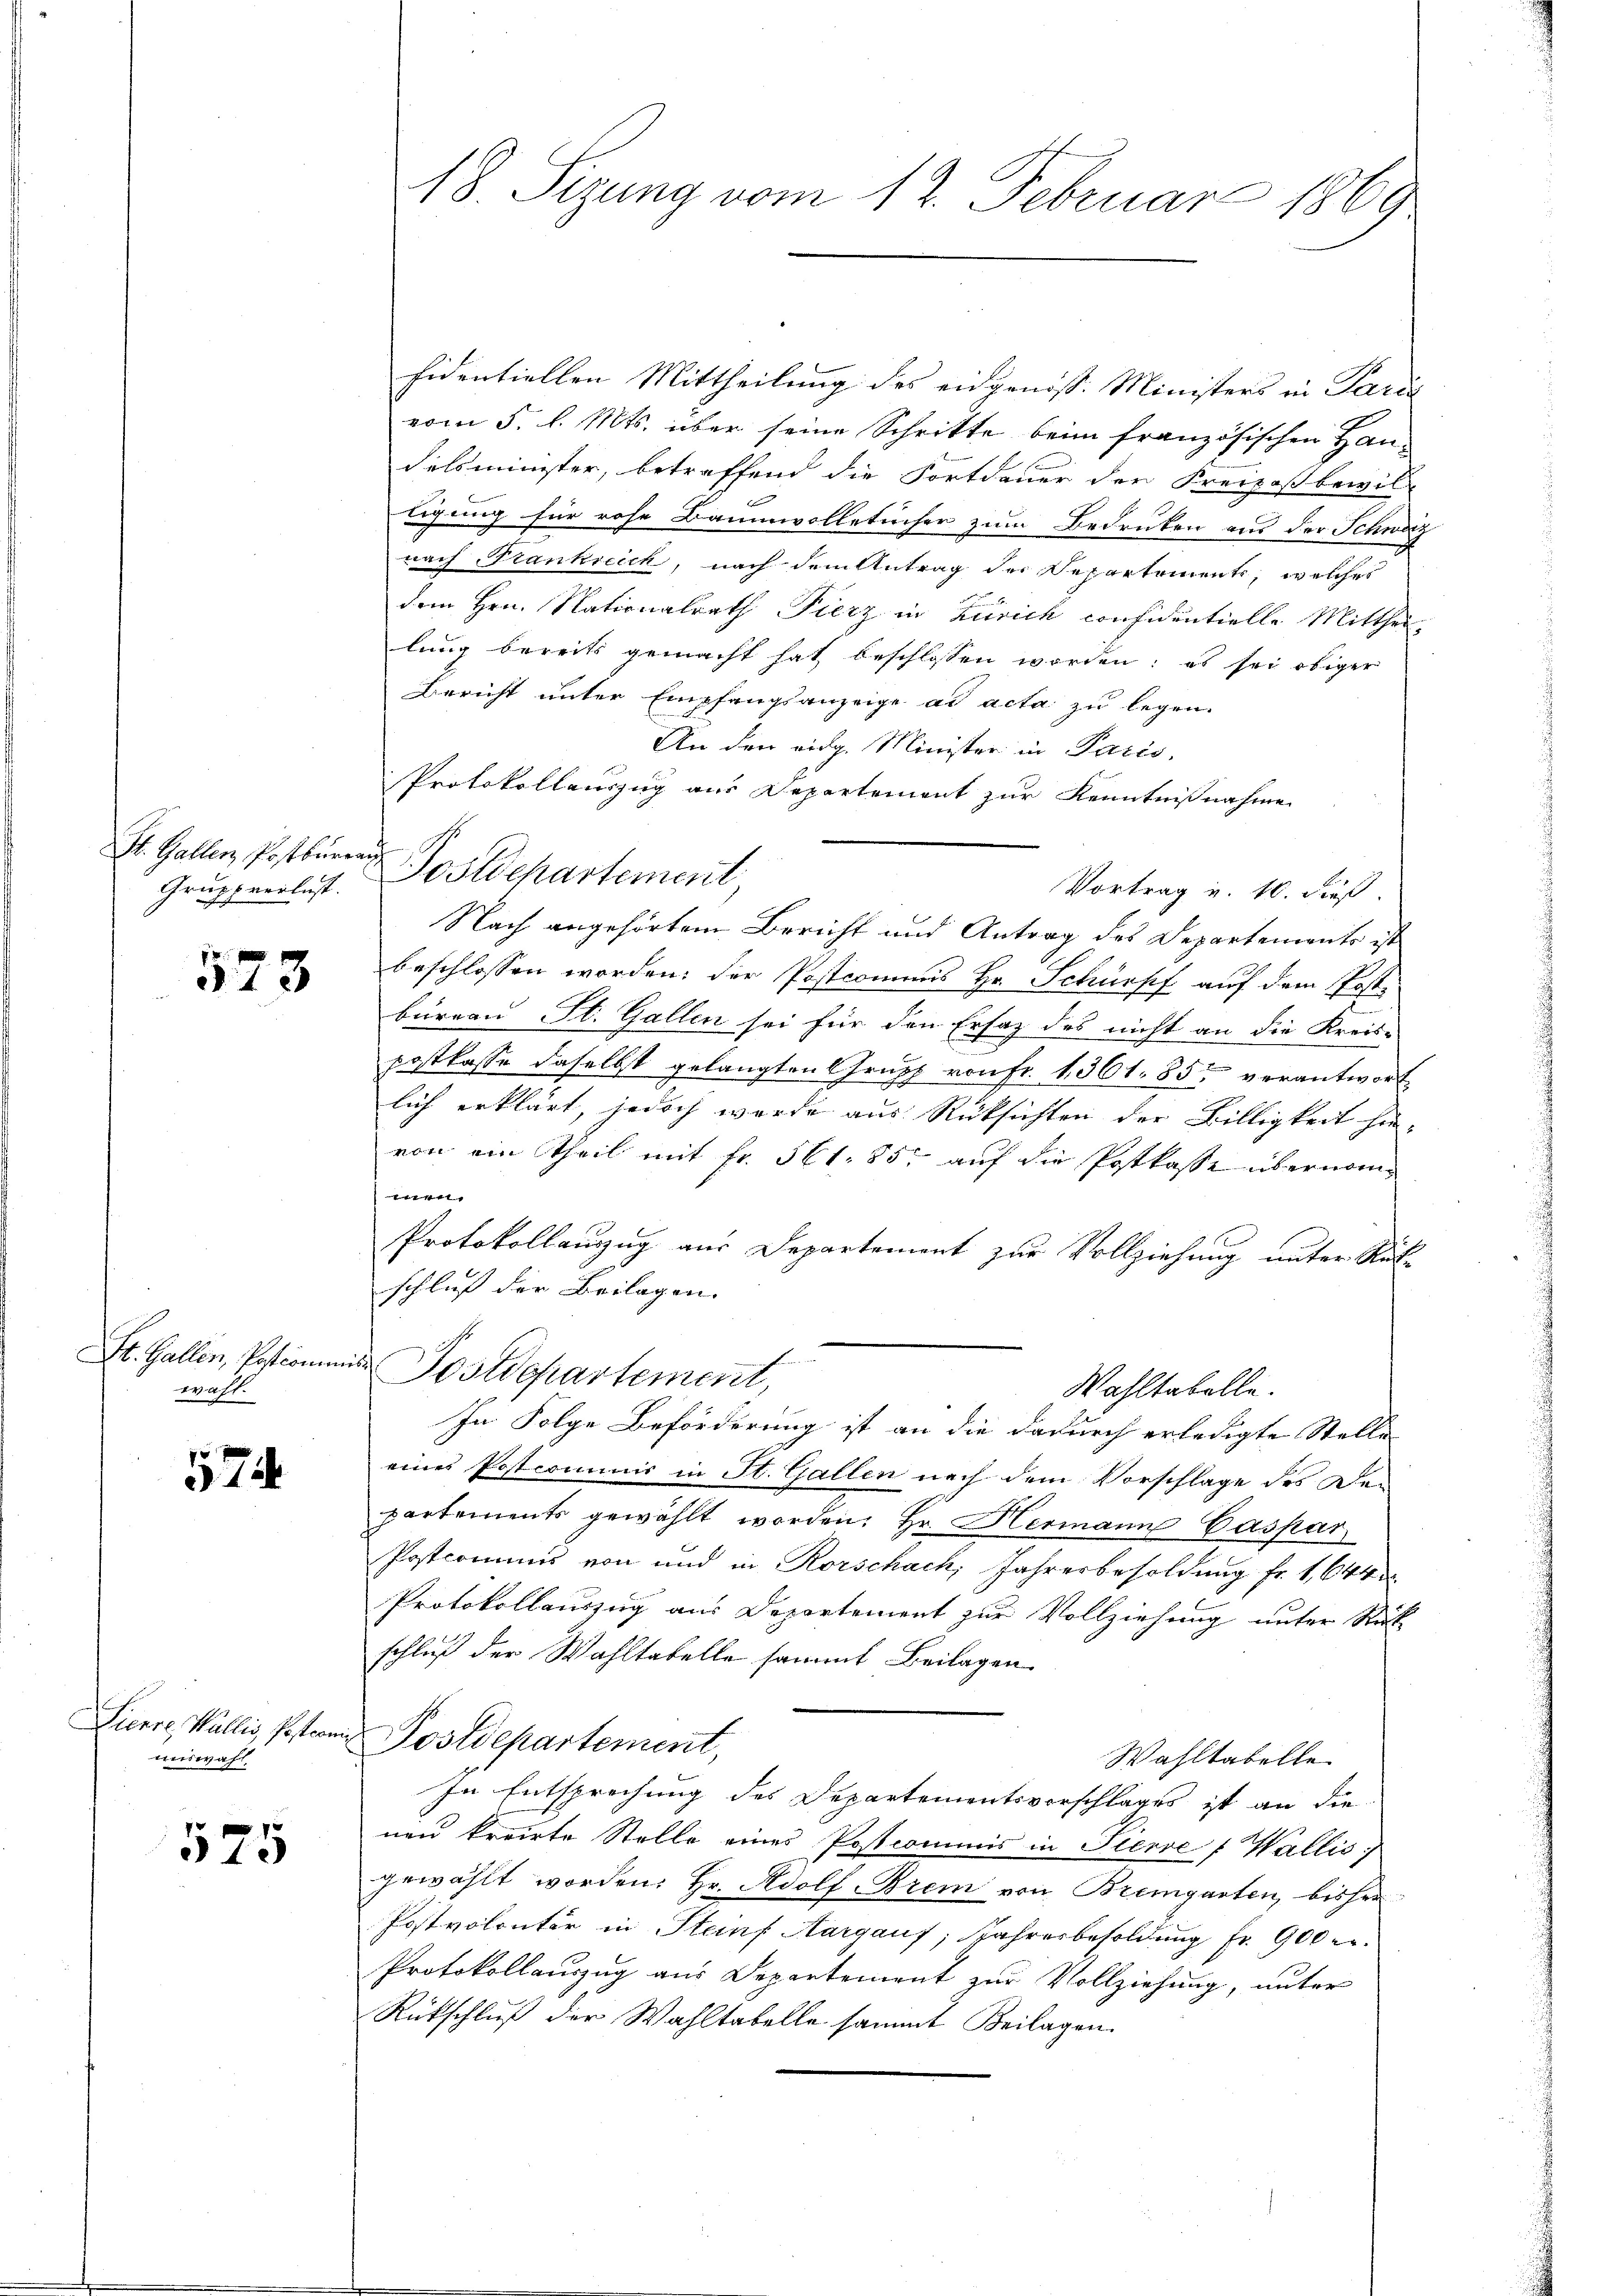
St. Gallen Postburea
Grupp verlust.

573

St. Gallen, Postcommis
wahl.

574.

Sierre, Wallis, Postcomi
weiswahl.

525

18. Sizung vom 12. Februar 1869

sidentiellen Mittheilung des eidgenöss. Ministers in Paris
vom 5. l. Mts. über seine Schritte beim französischen Han-
delsminister, betreffend die Fortdauer der Freipost bewil-
t
ligung für rohe Baumwolletücher zum Bedruken aus der Schweiz
nach Frankreich, nach dem Antrag der Departements, welches
dem Hrn. Nationalrath Fierz in Zürich confidentielle Mittheilung bereits gemacht hat beschlossen worden; es sei obiger
Bericht unter Empfangsanzeige ad acta zu legen.
An den eidg. Minister in Paris,
Protokollauszug aus Departement zur Kenntnißnahme
g Postdepartement
Vortrag u. 10. dieß.
Nach angehörtem Bericht und Antrag des Departements ist
beschlossen worden: der Postcommis Hr. Schüepf auf dem Poste
bureau St. Gallen sei für den Ersatz des nicht an die Kreis-
postkasse daselbst gelangten Grupp von Fr. 1361. 85. verantwort.
lich erklärt, jedoch wurde aus Rücksichten der Billigkeit hin-
von ein Theil mit Fr. 561. 85, auf die Postkasse übernomen
Protokollauszug aus Departement zur Vollziehung unter Rufe
schluß der Beilagen.
¬
Postdepartement,
Wahltabelle.
In Folge Beförderung ist an die dadurch erledigte Stelle
eines Postcommis in St. Gallen nach dem Vorschlage des Den
partements gewählt worden. Hr. Hermann Caspar
Postcommis von und in Rorschach, Jahresbesoldung fr. 1,644
Protokollauszug aus Departement zur Vollziehung unter Rück
schluß der Wahltabelle sammt Beilagen
Postdepartement,
Wahltabelle
In Entsprechung des Departementsvorschlages ist an die
nen kreirte Stelle eines Postcommis in Tierre Wallis
gewählt worden: Hr. Adolf Brem von Bremgarten, bisher
Postvolontär in Steins Aargauf; Jahresbesoldung fr. 900 l.
Protokollauszug aus Departement zur Vollziehung, unter
Rückschluß der Wahltabelle sammt Beilagen